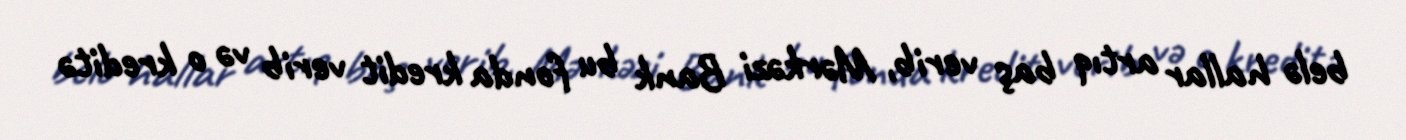
belə hallar artıq baş verib, Mərkəzi Bank bu fonda kredit verib və o kreditə